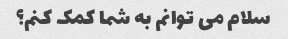
سلام می توانم به شما کمک کنم؟